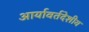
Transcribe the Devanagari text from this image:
आर्यावर्तदेशीय